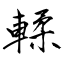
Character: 輮